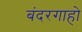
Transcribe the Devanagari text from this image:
बंदरगाहो